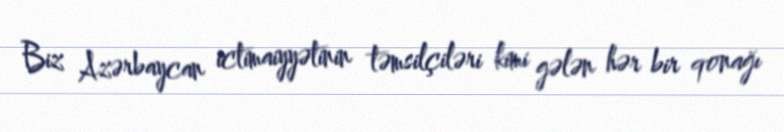
Biz Azərbaycan ictimaiyyətinin təmsilçiləri kimi gələn hər bir qonağı